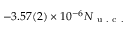
- 3 . 5 7 ( 2 ) \times 1 0 ^ { - 6 } N _ { \mathrm { ~ u ~ . ~ c ~ . ~ } }